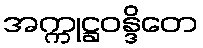
အက္ကုဋ္ဌဝန္ဒိတေ